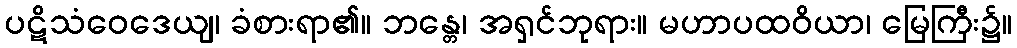
ပဋိသံဝေဒေယျ၊ ခံစားရာ၏။ ဘန္တေ၊ အရှင်ဘုရား။ မဟာပထဝိယာ၊ မြေကြီး၌။